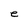
Character: e